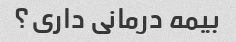
بیمه درمانی داری؟